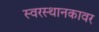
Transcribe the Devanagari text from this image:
स्वरस्थानकावर